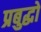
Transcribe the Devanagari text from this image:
प्रबुद्धो